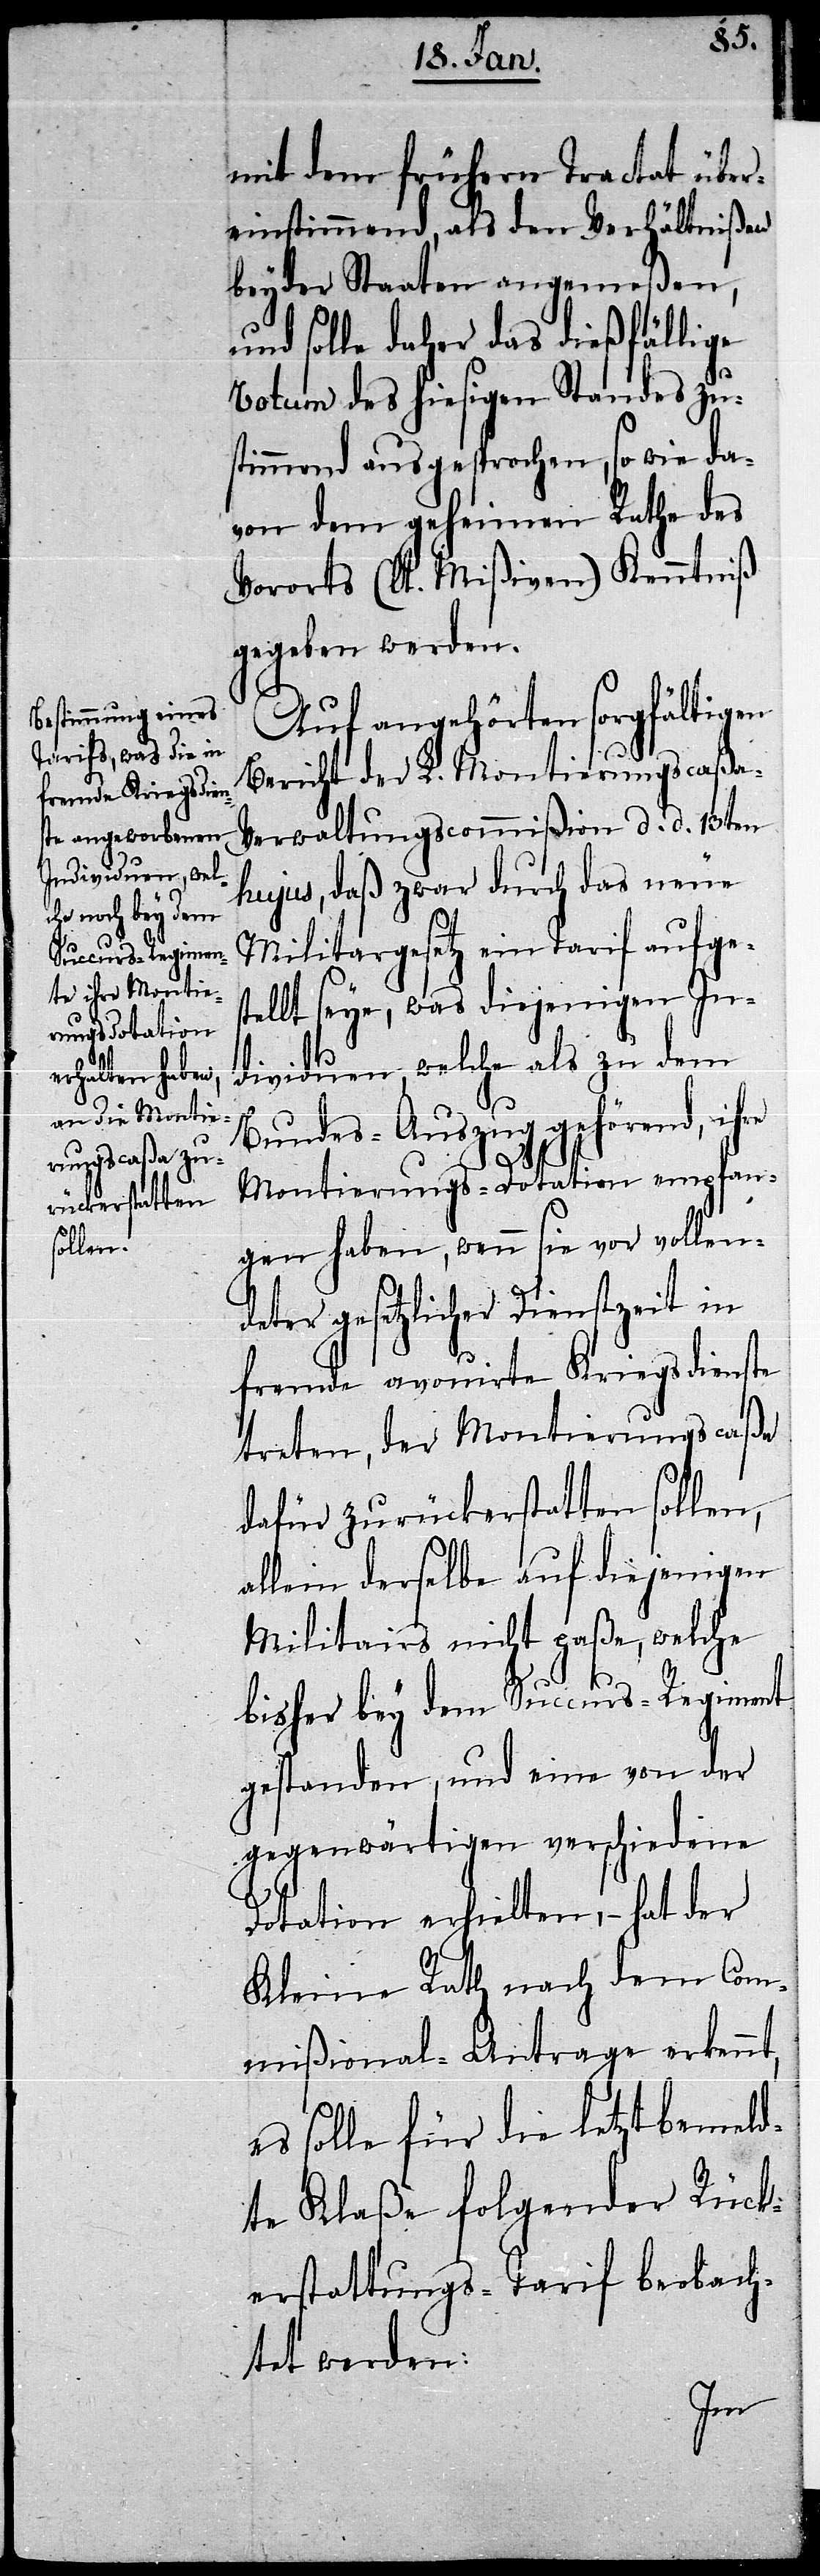
mit dem frühern Tractat über¬
einstimmend, als den Verhältnißen
beyder Staaten angemeßen,
und solle daher das dießfällige
Votum des hiesigen Standes zu¬
stimmend ausgesprochen, so wie da¬
von dem geheimen Rathe des
Vororts (lt. Mißiven) Kenntniß
gegeben werden.
Auf angehörten sorgfältigen
Bericht der L. Montierungscaßa-V¬
erwaltungscommißion d. d. 13ten
hujus, daß zwar durch das neue
Militargesetz ein Tarif aufges¬
tellt seye, was diejenigen In¬
dividuen, welche als zu dem
Bundes-Auszug gehörend, ihre
Montierungs-Dotation empfan¬
gen haben, wenn sie vor vollen¬
deter gesetzlicher Dienstzeit in
fremde avouirte Kriegsdienste
treten, der Montierungscaßa
dafür zurückerstatten sollen,
allein derselbe auf diejenigen
Militairs nicht paße, welche
bisher bey dem Succurs-Regiment
gestanden, und eine von der
gegenwärtigen verschiedene
Dotation erhielten, – hat der
Kleine Rath nach dem Com¬
mißional-Antrage erkennt,
es solle für die letztbemeld¬
te Klaße folgender Rück¬
erstattungs-Tarif beobach¬
tet werden: